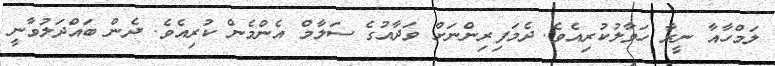
ލަމްހާއާ ނީރާ ހަވާލުކުރިއެވެ. ދެމަފިރިންނަށް ވަދާއުގެ ސަލާމް އެންމެން ކުރިއެވެ. ދެން ބައްދަލުވާނީ